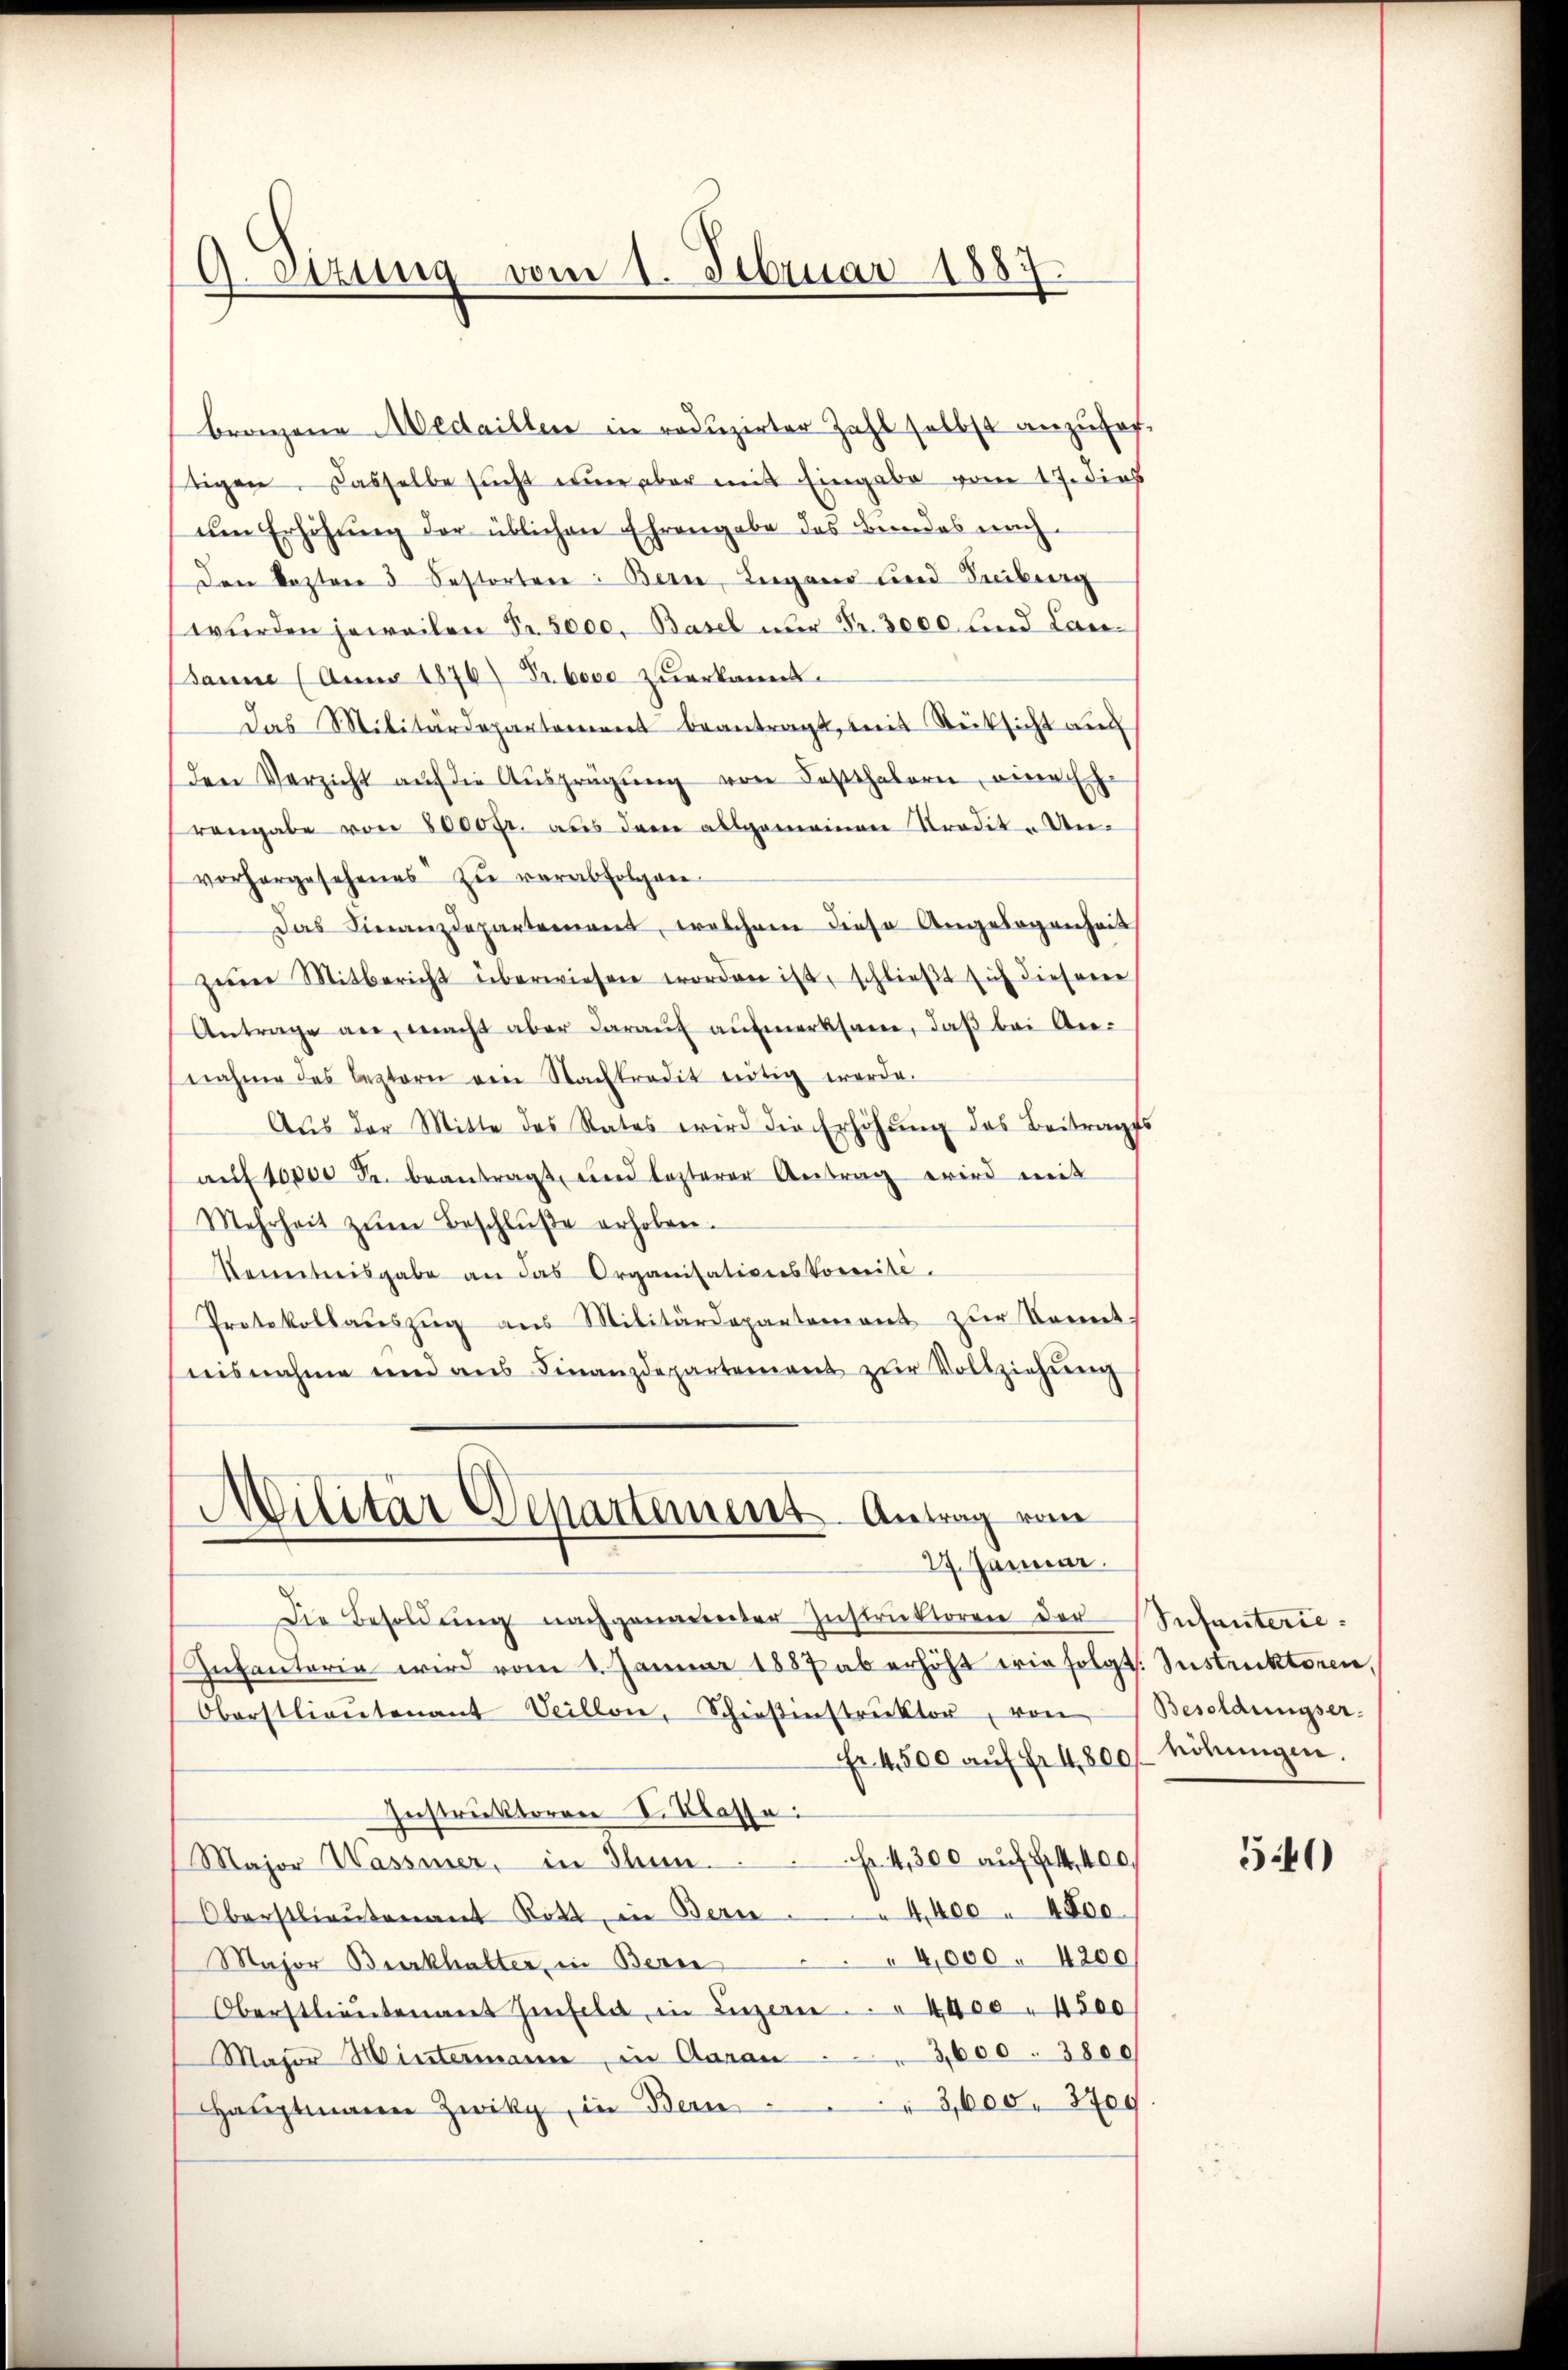
9.Otzung vom 1. Februar 1887.

bragene Medaillen in reduzirter Zahl selbst anzufortigen. Dasselbe sucht nur aber mit Eingabe vom 17. dies
um Erhöhung der üblichen Ehrengabe des Bundes nach
den kosten 5 bestorten: Bern, Lugano und Treiburg
wurden jeweilen Fr. 5000. Basel nur Fr. 3000 und Lan¬
Banne (Anno 1876) Prboco zŭerkannt.
Das Militärdepartement beantragt, mit Rücksicht auf
den Verzicht aŭf die Aŭsprägung von Festhalern, eine Eh
rangabe von 8000 fr. aus dem allgemeinen Tradit- Unvorhergesehenes zŭ verabfolgen
Das Finanzdepartement, welchem diese Angebogenheit
zum Mitbericht überwiesen worden ist, schlieβt sich dieser
Antrage an, macht aber daraŭf aŭfmerksam, daβ bei An-
nahme des leztern ein Nachtradit nötig werde.
Aus der Mitte des Rates wird die Erhöhŭng des Beitrages
aŭf 10000 Fr. beantragt, und lezterer Antrag wird mit
Mehrheit zŭm Beschlŭβe erhoben.
Vereitweisgabe an das Organisations Vorweite.
Protokollaŭszŭg aŭs Militärdepartement zŭr Kennt.
nisnahme und ans Finanzdepartement zŭr Vollziehŭng
Militär Departemens Antrag vom
27. Januar.
Die Besoldŭng nachgenannter Instruktoren der
Infanterin wird vom 2. Januar 1887 ab erhöht wie folgt. Instruktoren,
Oberstlieutenant Veillon, Schieβenstrŭktor, von
Fr 4,500 aŭf fr 4,800 höhungen.
Instruktoren I. Klasse
Fr 4,300 auf Frk. 400.
Major Wassier, in Thun.
Oberstlieutenant Rott, in Bern 4,400 " 4800
Major Burkhalter, in Bern . . . 4,000 . 4200
Oberstlieutenant hinfeld in Luzern.. . 4400 " 4500
3,600. 3800
Major Wintermann, in Aarau
Haŭptmann Zwiky, in Bern  ..  3,600. 8700

Infanterie.
Besoldungser.

540)